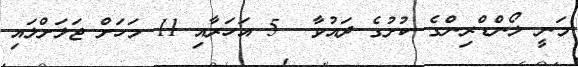
މަނީ ލޯންޑްރިންގެ ކުށުގެ ދައުވާ  5 އަހަރާއި 11 މަހަށް ޖަލަށްލައި